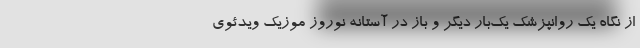
از نگاه یک روانپزشک یک‌بار دیگر و باز در آستانه نوروز موزیک ویدئوی